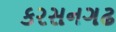
કરસનગઢ